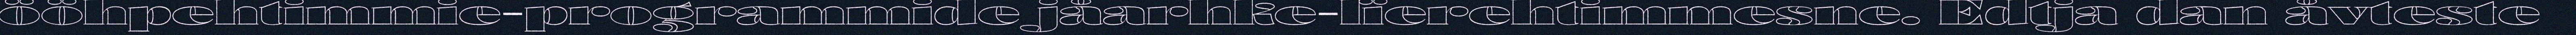
ööhpehtimmie-programmide jåarhke-lïerehtimmesne. Edtja dan åvteste